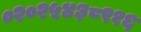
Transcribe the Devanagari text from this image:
०२०२५४३८९१६